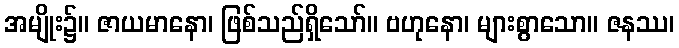
အမျိုး၌။ ဇာယမာနော၊ ဖြစ်သည်ရှိသော်။ ဗဟုနော၊ များစွာသော။ ဇနဿ၊